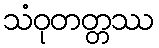
သံဝုတတ္တဿ